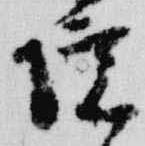
院